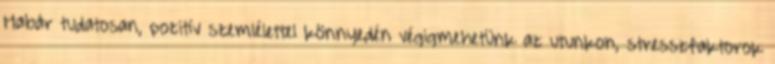
Habár tudatosan, pozitív szemlélettel könnyedén végigmehetünk az utunkon, stresszfaktorok